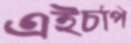
এইচপি